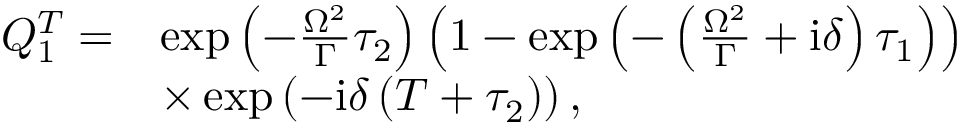
\begin{array} { r l } { Q _ { 1 } ^ { T } = } & { \exp \left( - \frac { \Omega ^ { 2 } } { \Gamma } \tau _ { 2 } \right) \left( 1 - \exp \left( - \left( \frac { \Omega ^ { 2 } } { \Gamma } + \mathrm { i } \delta \right) \tau _ { 1 } \right) \right) } \\ & { \times \exp \left( - \mathrm { i } \delta \left( T + \tau _ { 2 } \right) \right) , } \end{array}